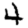
Digit: 4